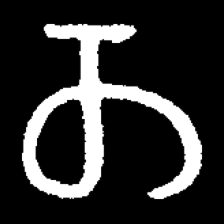
Pyu character \u2014 Myanmar letter: တ (romanized: ta)